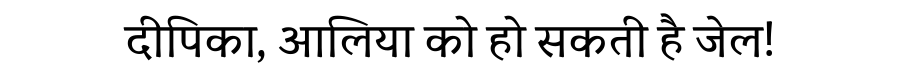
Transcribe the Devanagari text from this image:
दीपिका, आलिया को हो सकती है जेल!